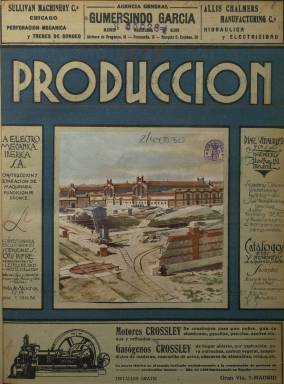
Título: Producción (Madrid. 1919)
Otros títulos: Prodvcción
Colección: Agricultura y ganadería || Industria
Ámbito geográfico: Madrid
Lugar de publicación: Madrid
Fechas: 01/05/1919-31/12/1927

Publicación quincenal que lleva por subtítulo Revista de Agricultura, Industria e Ingeniería y que, aparte de su contenido profesional y especializado, tiene como aspecto principal ser una de las primeras experiencias editoras de Luis Montiel Balanzat, uno de los magnates de la prensa española del siglo XX. Montiel, que era ingeniero de Caminos, figura en esta revista como director y propietario.

    En el primer número de 1 de mayo de 1919, Montiel, que era en ese momento diputado por el Partido Conservador, actividad política que abandonaría más tarde, explica en la presentación de la publicación que ‘España tiene hoy día pujanza agrícola e industrial sobradísima para sostener, no una, muchas buenas revistas profesionales… Y España necesita fe en su presente y fe en su porvenir. ¡Que mejor para conseguir esa fuerza que divulgar la labor meritísima, muchas veces oscura, de tantos hijos suyos!’

  La revista contaba con entre 30 y 40 páginas en cada número y había veces que la paginación se disparaba para dar amplia información de eventos importantes. Así por ejemplo, y con motivo del Congreso Nacional de Ingeniería, la publicación salió el 20 de noviembre de 1919 con hasta 112 páginas. Las ilustraciones, de portada e interiores, muy cuidadas, son un buen reflejo del estado de la agricultura e industria, así como una estampa sociológica, de la España de hace un siglo. En el número 50 de  octubre de 1921 vemos la sección de mujeres del taller de bobinado de la empresa Siemens y en el 53 de enero de 1922 a un grupo de obreras de la industria del tabaco.

    Con bastantes páginas publicitarias, lo que aseguraba la salud económica de la revista, en la publicación estaban muy marcadas las páginas dedicadas a cada ramo de la producción, con portadillas separadas de Agricultura, Industria e Ingeniería y contenidos especializados de cada ramo.

   Una de las secciones más atractivas era la dedicada a Figuras Españolas. La primera semblanza, en forma de entrevista, está dedicada al ingeniero, matemático e inventor Leonardo Torres Quevedo. Otras secciones eran índices, tanto de libros como de revistas de todo el mundo, referentes a los temas que trataba Producción.

  A partir de enero de 1923, la revista cambia de editor y el director pasa a ser José María de Soroa, ingeniero agrónomo y abogado. Es probable que Luis Montiel, que abandonó la política ese año, la vendiera una vez consolidada para poner en marcha las publicaciones de información general que le darían prestigio en el mundo de la edición de la prensa española.

   Montiel editaría primero la revista Estampa y luego, a finales de 1930, el diario Ahora, uno de los más destacados de la época republicana, con Manuel Chaves Nogales como director. Antes de su muerte, ocurrida en 1976, adquirió en 1964 y dio un gran impulso a la revista Semana, y en 1967 fundó el diario deportivo As. Con el mismo título Montiel había editado una revista deportiva en 1932.

[Descripción publicada el 14/07/2020]